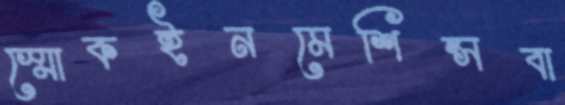
স্মোকইনমেশিন্সবা